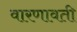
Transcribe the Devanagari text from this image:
वारणावती